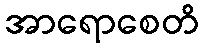
အာရောစေတိ